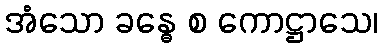
အံသော ခန္ဓေ စ ကောဋ္ဌာသေ၊